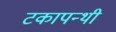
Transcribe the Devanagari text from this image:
टकापन्थी